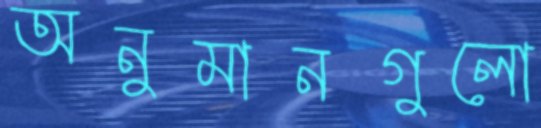
অনুমানগুলো